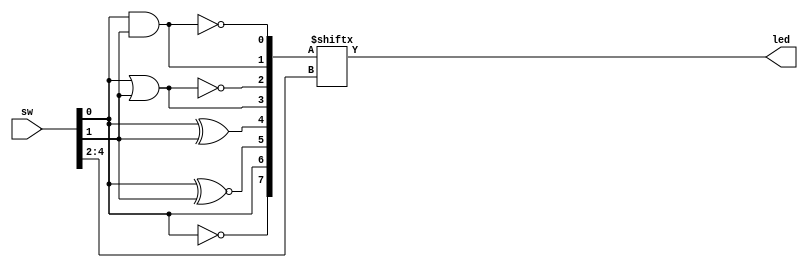
/*
 * Module: Multiplexed combinational gates
 * 
 * Version: 1.0
 *
 *
 * Description: RTL for implementing eight combinational gates with the 
 * outputs of the gates multiplexed using an 8:1 Multiplexer. The gates
 * implemented are NAND, AND, NOR, OR, XOR, XNOR, NOT, and a non-inverting
 * buffer. 
 */

module combinational_gates_muxed (led, sw);

// Input and output declaration
input  [4:0] sw;  // Inputs sw[4:2] are unused
output reg led; // Outputs led[7:1] are unused

// Declaring wires for the eight two inpuit basic gates	
//                Output Select Input Number
wire nand_out;    // 3'b111 
wire  and_out;    // 3'b110
wire  nor_out;    // 3'b101
wire   or_out;    // 3'b100
wire  xor_out;    // 3'b011
wire xnor_out;    // 3'b010
wire buff_out;    // 3'b001
wire  not_out;    // 3'b000

wire [7:0] MuxIn; 
wire [2:0] SelectIn;

// Generate outputs for the eight gates
assign nand_out = ~(sw[0] & sw[1]); // 3'b000
assign  and_out =   sw[0] & sw[1];  // 3'b001
assign  nor_out = ~(sw[0] | sw[1]); // 3'b010
assign   or_out =   sw[0] | sw[1];  // 3'b011
assign  xor_out =   sw[0] ^ sw[1];  // 3'b100
assign xnor_out =   sw[0] ^~ sw[1]; // 3'b101
assign buff_out =    sw[0];         // 3'b110
assign  not_out =   ~sw[0];         // 3'b111

//                    3'b111 3'b110   3'b101   3'b100    3'b011   3'b010  3'b001   3'b000
assign MuxIn 	= {not_out, buff_out, xnor_out, xor_out, or_out, nor_out, and_out, nand_out};

// Assigning select input lines for the multiplexer using switch lines SW7, SW6, and SW5
assign SelectIn = sw[4:2];

// Output multiplexer
always @(MuxIn, SelectIn)
	led = MuxIn[SelectIn]; 

endmodule // nexys3